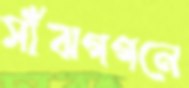
সাঁঝগগনে